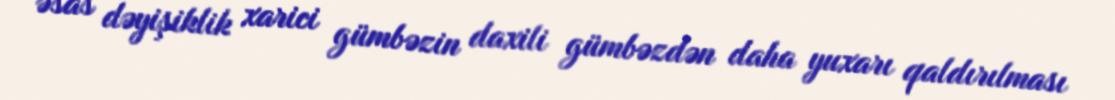
əsas dəyişiklik xarici gümbəzin daxili gümbəzdən daha yuxarı qaldırılması